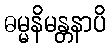
ဓမ္မနိမန္တနာပိ